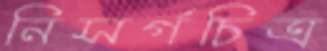
নিসর্গচিত্র